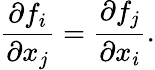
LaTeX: \frac{\partial{f}_{i}}{\partial x_{j}}=\frac{\partial{f}_{j}}{\partial x_{i}}.